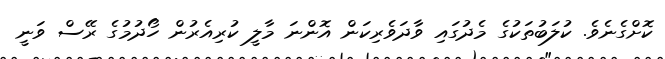
ކޮށްގެނެވެ. ކުލަބުތަކުގެ މެދުގައި ވާދަވެރިކަން އޮންނަ މާލީ ކުރިއެރުން ހޯދުމުގެ ރޭސް ވަނީ